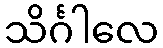
သိင်္ဂါလေ